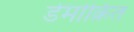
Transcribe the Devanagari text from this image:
डेमोक्रित